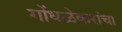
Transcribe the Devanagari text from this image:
गोंधळेकरांचा